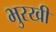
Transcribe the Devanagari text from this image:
भुरखी